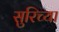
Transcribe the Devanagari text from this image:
सुरिच्या